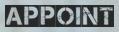
APPOINT